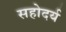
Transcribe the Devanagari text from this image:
सहोदर्य